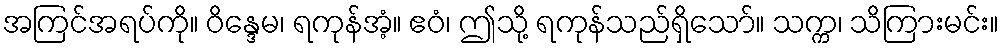
အကြင်အရပ်ကို။ ဝိန္ဒေမ၊ ရကုန်အံ့။ ဧဝံ၊ ဤသို့ ရကုန်သည်ရှိသော်။ သက္က၊ သိကြားမင်း။